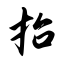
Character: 抬